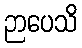
ဉာပေသိ